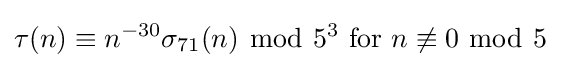
\tau (n)\equiv n^{-30}\sigma _{71}(n)\ {\bmod {\ }}5^{3}{\text{ for }}n\not \equiv 0\ {\bmod {\ }}5